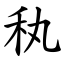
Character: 秇